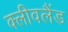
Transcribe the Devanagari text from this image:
क्‍लीवलैंड